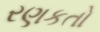
રણકતો